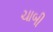
ચાબી